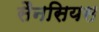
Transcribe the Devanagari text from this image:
सैनसियस